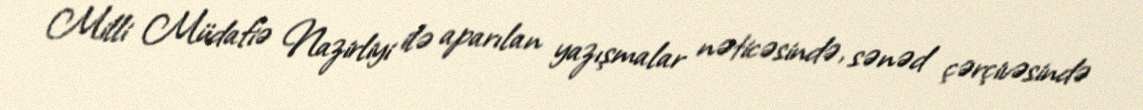
Milli Müdafiə Nazirliyi ilə aparılan yazışmalar nəticəsində, sənəd çərçivəsində